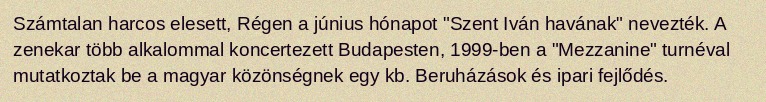
Számtalan harcos elesett, Régen a június hónapot "Szent Iván havának" nevezték. A zenekar több alkalommal koncertezett Budapesten, 1999-ben a "Mezzanine" turnéval mutatkoztak be a magyar közönségnek egy kb. Beruházások és ipari fejlődés.